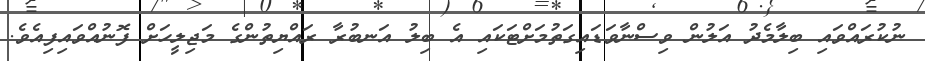
ނުކުރައްވައި ބިލާމެދު އަލުން ވިސްނާވަޑައިގަތުމަށްޓަކައި އެ ބިލު އަނބުރާ ރައްޔިތުންގެ މަޖިލީހަށް ފޮނުއްވައިފިއެވެ.